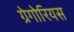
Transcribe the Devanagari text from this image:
ग्रेगोरियस